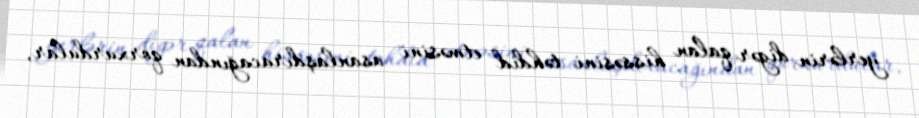
yerlərin digər qalan hissəsini təhdid etməsini asanlaşdıracağından qorxurdular,